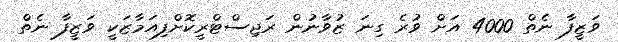
ވަޒީފާ ނެތް 4000 އަށް ވުރެ ގިނަ ޒުވާނުން ރަޖިސްޓްރީކޮށްފިއަމާޒަކީ ވަޒީފާ ނެތް